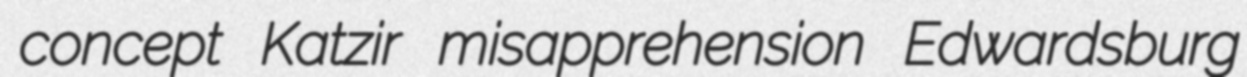
concept Katzir misapprehension Edwardsburg